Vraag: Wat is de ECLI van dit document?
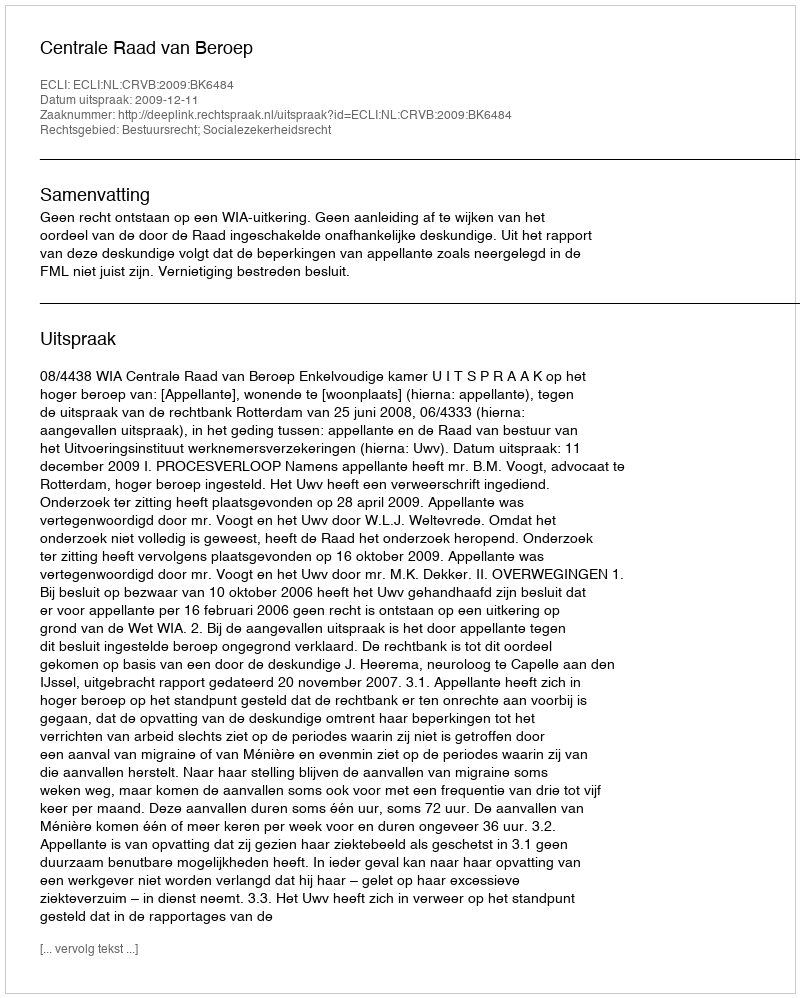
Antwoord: ECLI:NL:CRVB:2009:BK6484